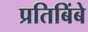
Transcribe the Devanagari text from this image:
प्रतिबिंबे